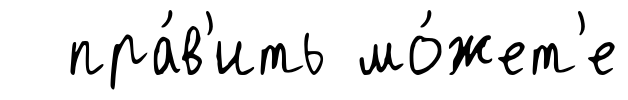
пра́в'ить мо́жет'е